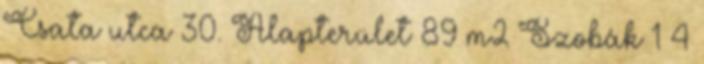
Csata utca 30. Alapterület 89 m2 Szobák 1 4